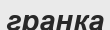
гранка